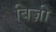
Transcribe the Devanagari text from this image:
बिज़ी